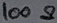
Text: 100Ω